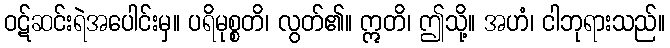
ဝဋ်ဆင်းရဲအပေါင်းမှ။ ပရိမုစ္စတိ၊ လွတ်၏။ ဣတိ၊ ဤသို့။ အဟံ၊ ငါဘုရားသည်။